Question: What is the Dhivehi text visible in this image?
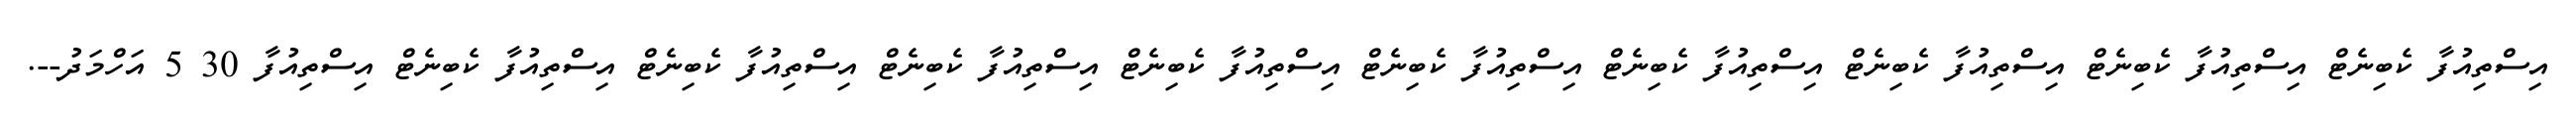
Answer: އިސްތިއުފާ ކެބިނެޓް އިސްތިއުފާ ކެބިނެޓް އިސްތިއުފާ ކެބިނެޓް އިސްތިއުފާ ކެބިނެޓް އިސްތިއުފާ ކެބިނެޓް އިސްތިއުފާ ކެބިނެޓް އިސްތިއުފާ ކެބިނެޓް އިސްތިއުފާ ކެބިނެޓް އިސްތިއުފާ ކެބިނެޓް އިސްތިއުފާ 30 5 އަހްމަދު--.